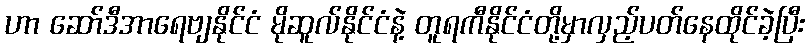
ဟာ ဆော်ဒီအာရေဗျနိုင်ငံ မိုဆူလ်နိုင်ငံနဲ့ တူရကီနိုင်ငံတို့မှာလှည့်ပတ်နေထိုင်ခဲ့ပြီး